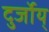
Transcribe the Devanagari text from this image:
दुर्जोय्